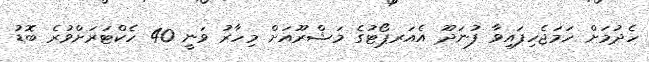
ހެދުމަށް ހަމަޖެހިފައިވާ ފުނަދޫ އެއަރޕޯޓުގެ މަޝްރޫއަށް މިހާރު ވަނީ 40 ހެކްޓަރަށްވުރެ ބޮޑު